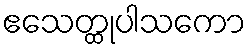
ဧသေတ္ထုပါသကော